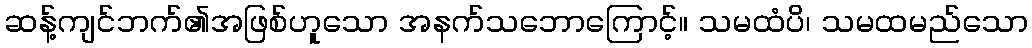
ဆန့်ကျင်ဘက်၏အဖြစ်ဟူသော အနက်သဘောကြောင့်။ သမထံပိ၊ သမထမည်သော